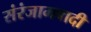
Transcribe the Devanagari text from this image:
संरंजामवादी